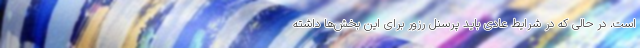
است. در حالی که در شرایط عادی باید پرسنل رزور برای این بخش‌ها داشته